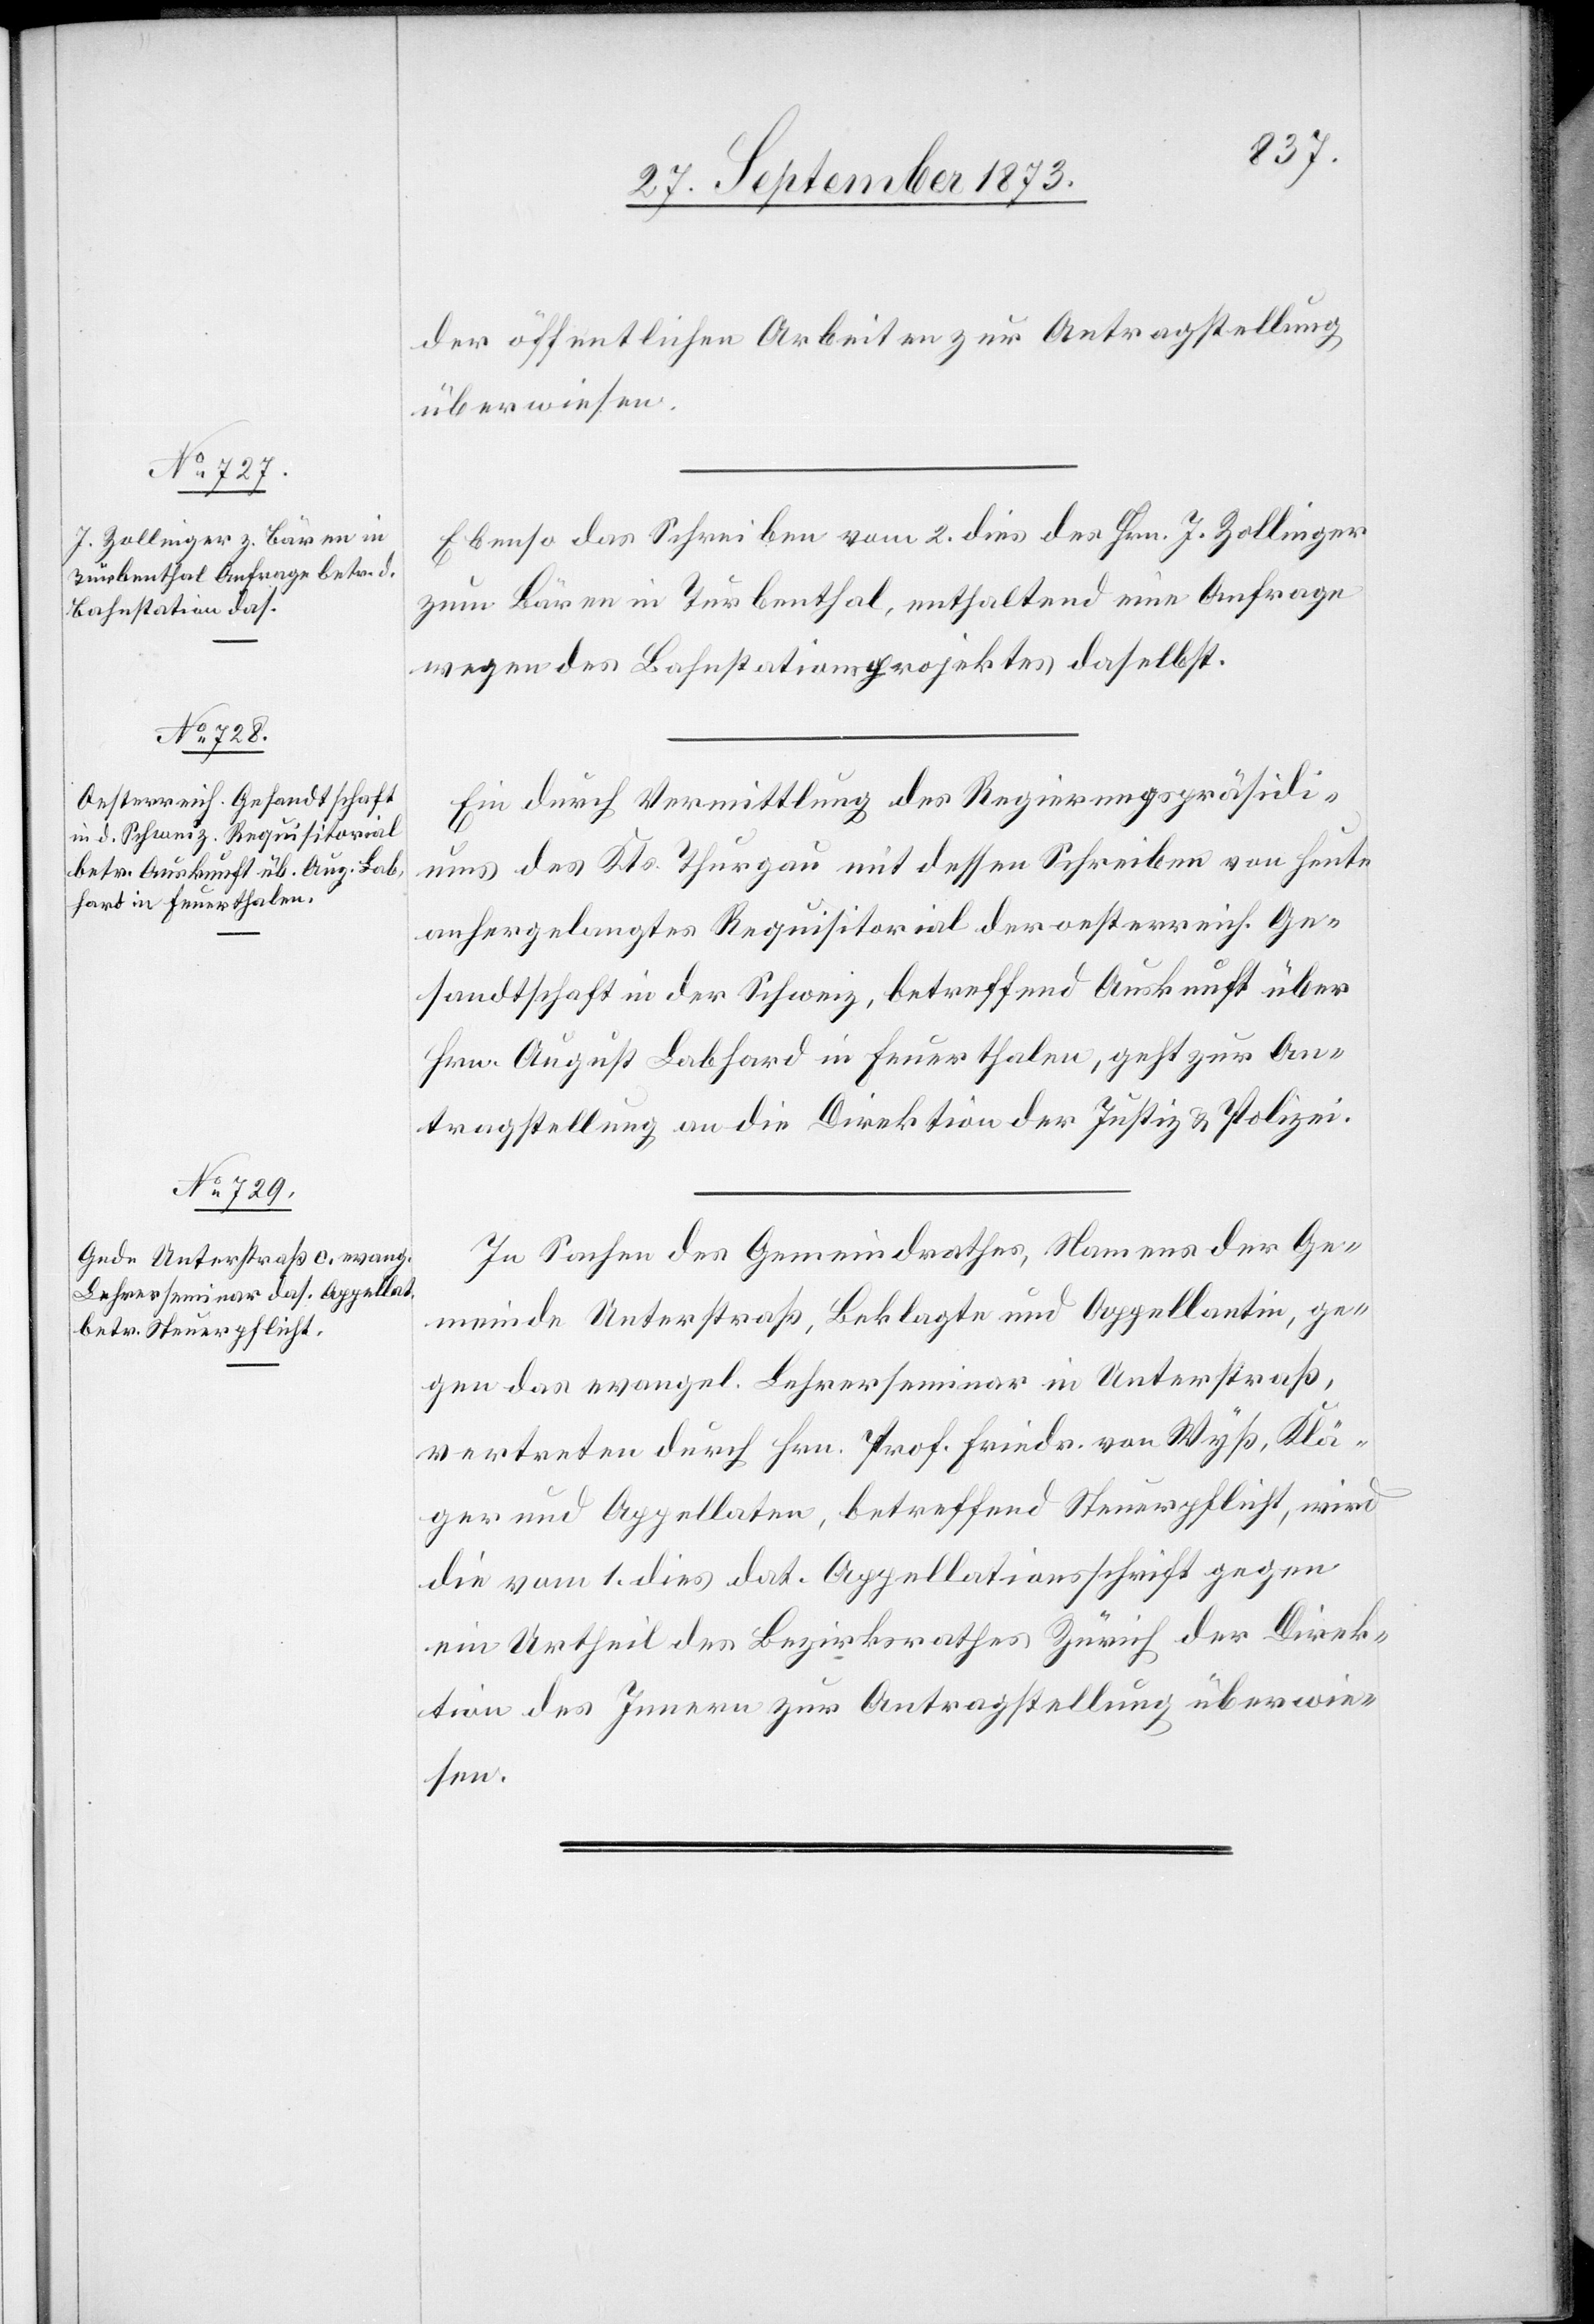
der öffentlichen Arbeiten zur Antragstellung
überwiesen.
Ebenso das Schreiben vom 2. dies des Hrn. J. Zollinger
zum Bären in Turbenthal, enthaltend eine Anfrage
wegen des Bahnstationsprojektes daselbst.
Ein durch Vermittlung des Regierungspräsidi¬
ums des Kts. Thurgau mit dessen Schreiben von heute
anhergelangtes Requisitorial der oesterreich. Ge¬
sandtschaft in der Schweiz, betreffend Auskunft über
Hrn. August Labhard in Feuerthalen, geht zur An¬
tragstellung an die Direktion der Justiz & Polizei.
In Sachen des Gemeindrathes, Namens der Ge¬
meinde Unterstraß, Beklagte und Appellantin, ge¬
gen das evangel. Lehrerseminar in Unterstraß,
vertreten durch Hrn. Prof. Friedr. von Wyß, Klä¬
ger und Appellaten, betreffend Steuerpflicht, wird
die vom 1. dies dat. Appellationsschrift gegen
ein Urtheil des Bezirksrathes Zürich der Direk¬
tion des Innern zur Antragstellung überwie¬
sen.